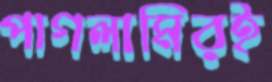
পাগলামিরই